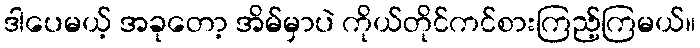
ဒါပေမယ့် အခုတော့ အိမ်မှာပဲ ကိုယ်တိုင်ကင်စားကြည့်ကြမယ်။